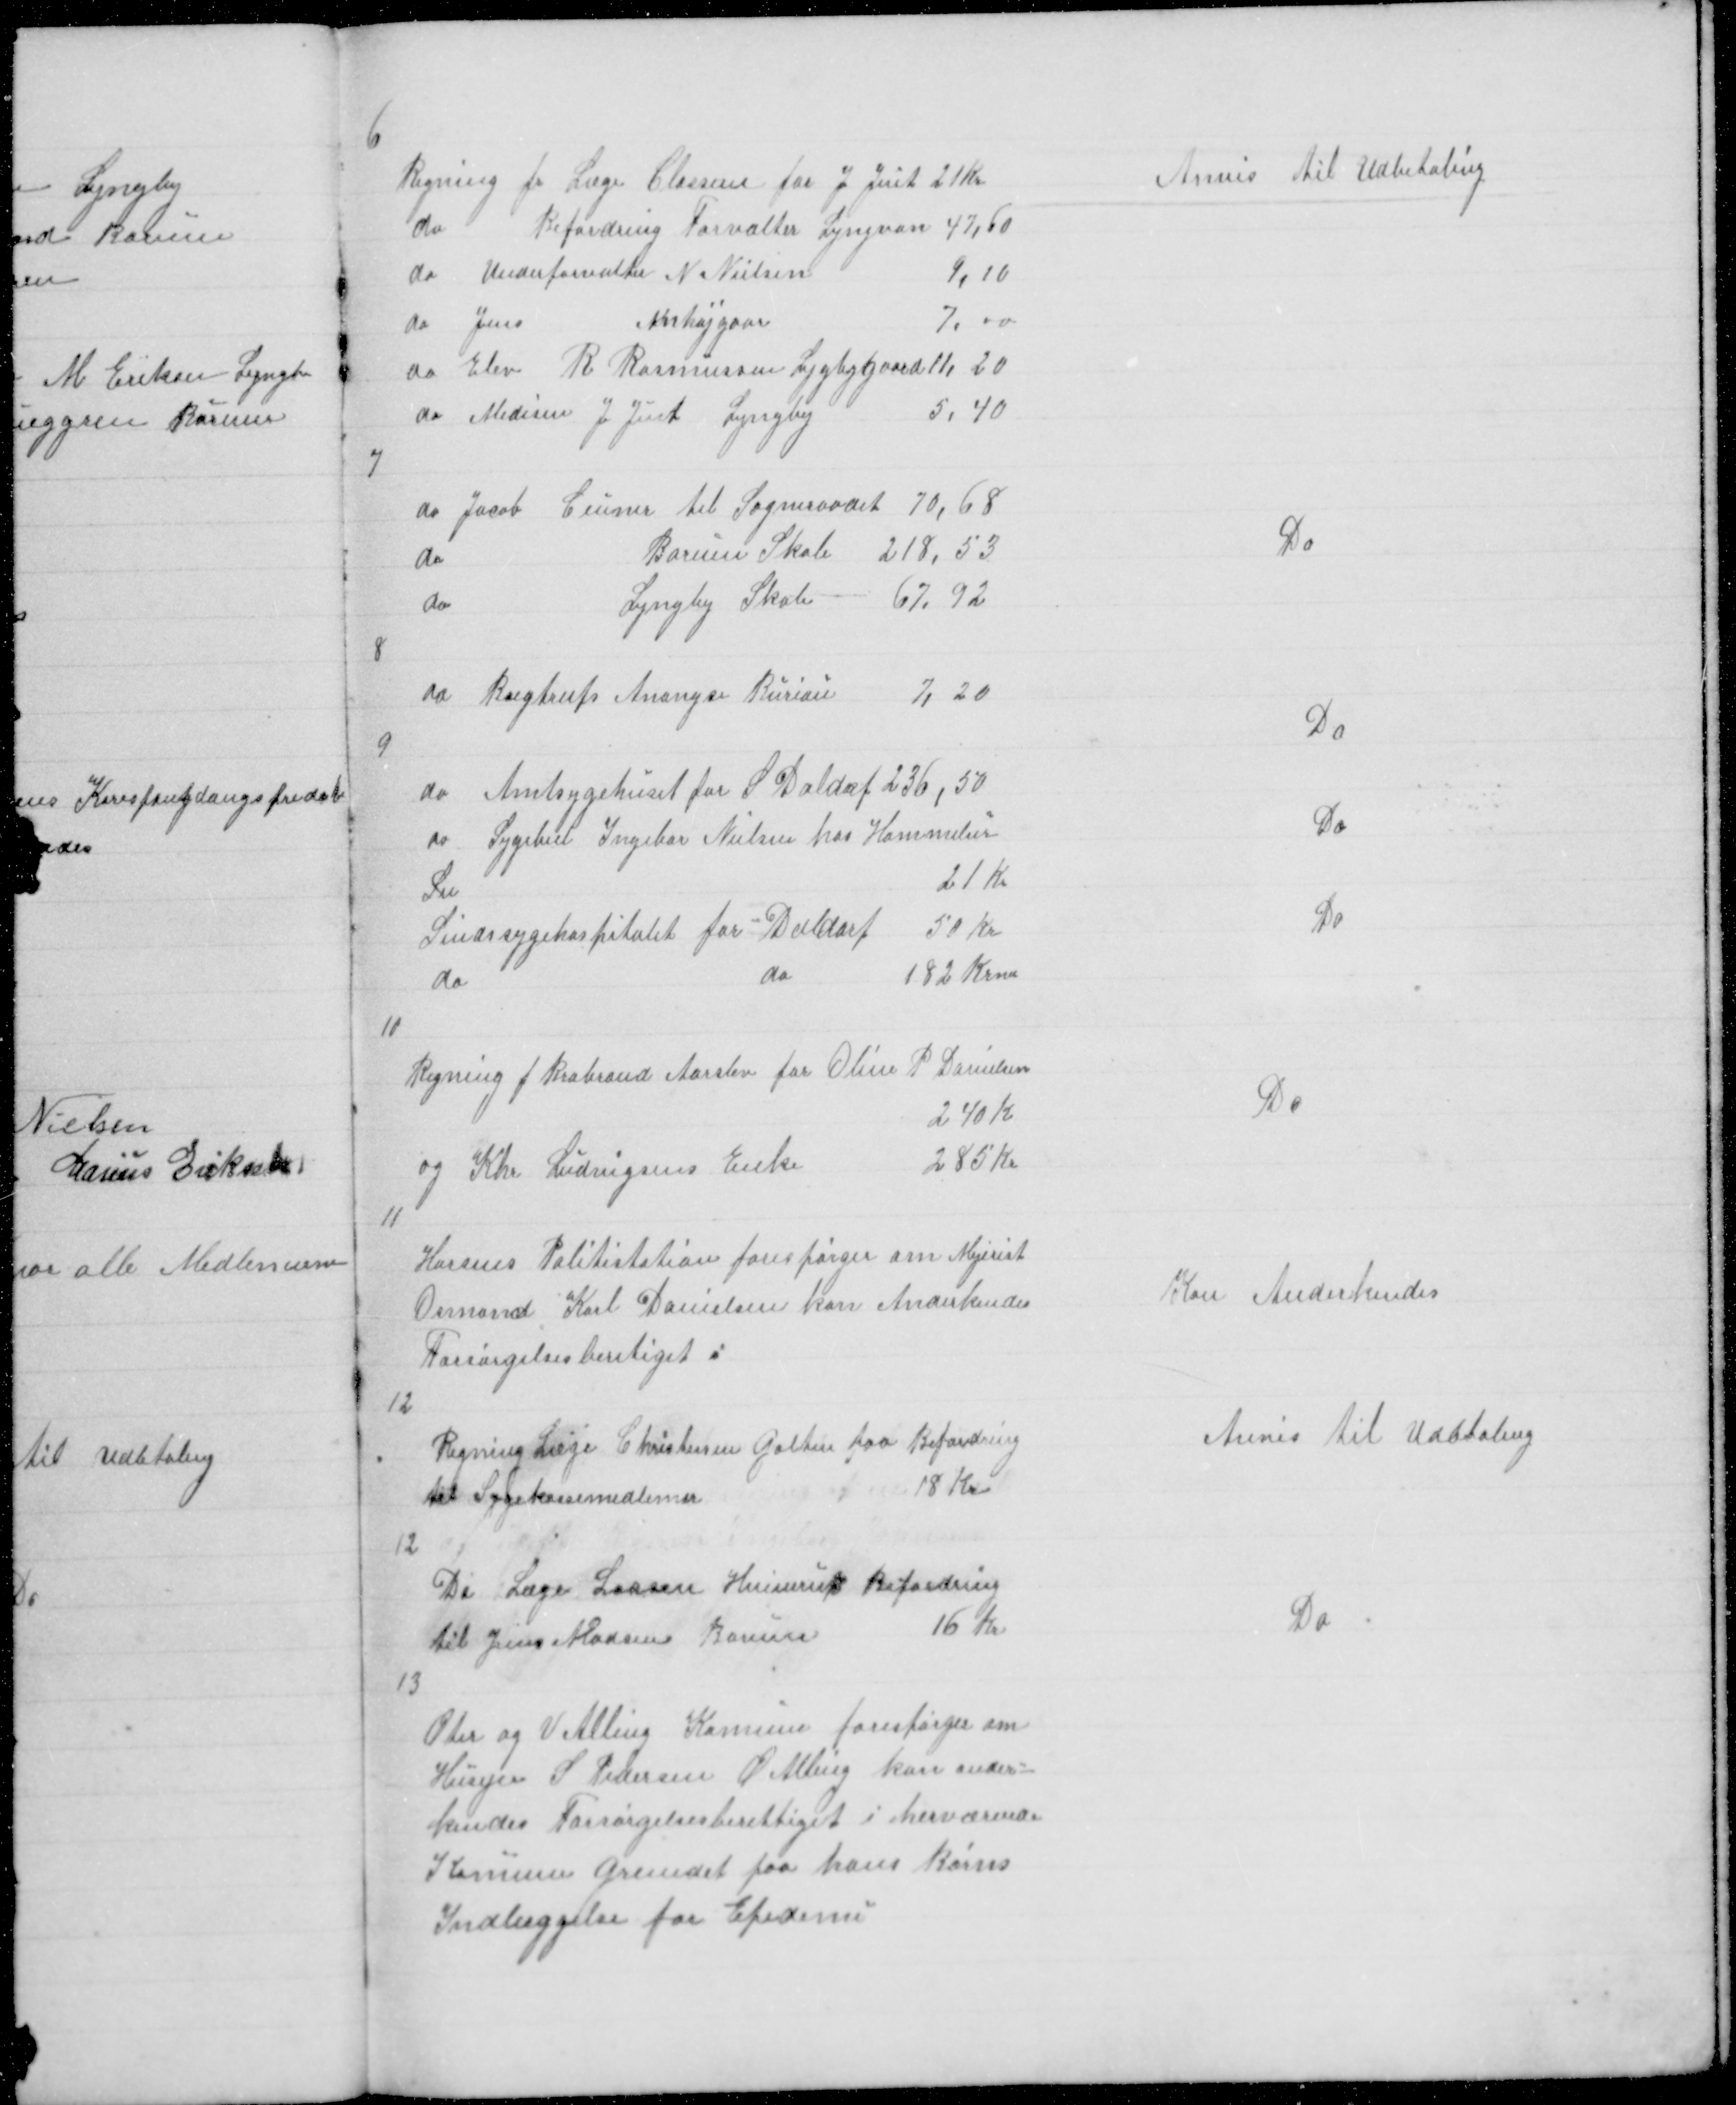
Transskription:
6

Regning fr Læge Classens for J Just 21 Kr
do
Befordring Forvalter Lyngvan 47,60
do Underforvalter N Nielsen
9,10
do Jens
Anhøjgaar
7,00
do Elev R Rasmussen Lygbygaard 11,20
do Medisin J Just Lyngby
5,40

Anvis til Udbetaling

7

do Jacob Ceuner til Sogneraadet 70,68
do
Borum Skole 218,53
do
Lyngby Skole 67,92

Do

8

do Bugtrups Anongse Bureau
7, 20

Do

9

do Amtsygehuset for S Daldof 236,50
do Sygebil for Ingebor Nielsen hos Hammelier

21 Kr

Do

Sindssygehospitalet for Daldorf 50 Kr
do
do
182 Krner

Do

10

Regning f Brabrand Aarslev for Oline R Danielsen
2,40 K
og Khr Ludvigsens Enke
285 Kr

Do

11

Horsens Politistation forespørger om Mejerist
Osmand Karl Danielsen kan Anderkendes
Forsørgelsesberetiget i

Kan Anderkendes

12

Regning Læge Christensen Galten paa Befordring
til Sygekassemedlemer
18 Kr

Anvis til Udbtaling

12

Do Læge Larsen Hinnerup Befordring
til Jens Madsen Borum
16 Kr

Do

13

Øter og V Alling Komune forespørger om
Husejer S Pedersen Ø Alling kan ander=
kendes Forsørgelsesberettiget i herværende
Komune Grundet paa hans Børns
Indlæggelse for Epedemi